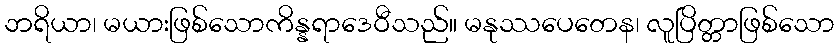
ဘရိယာ၊ မယားဖြစ်သောကိန္နရာဒေဝီသည်။ မနုဿပေတေန၊ လူပြိတ္တာဖြစ်သော